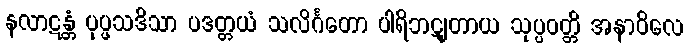
နလာဋန္တံ ပုပ္ဖသဒိသာ ပဒတ္တယံ သလိင်္ဂတော ပါရိဘဋျတာယ သုပ္ပဝတ္တိ အနာဝိလေ